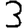
Digit: 3